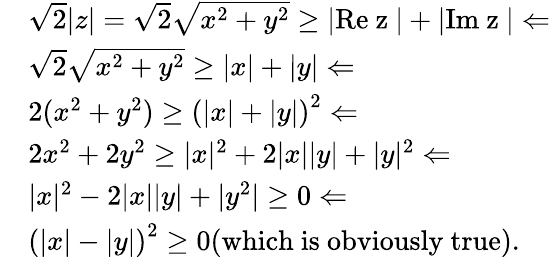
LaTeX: \begin{array}{rl}&{\sqrt{2}\lvert z\rvert=\sqrt{2}\sqrt{x^{2}+y^{2}}\geq\lvert\mathrm{Re~z~}\rvert+\lvert\mathrm{Im~z~}\rvert\Leftarrow}\\ &{\sqrt{2}\sqrt{x^{2}+y^{2}}\geq\lvert x\rvert+\lvert y\rvert\Leftarrow}\\ &{2(x^{2}+y^{2})\geq\left(\lvert x\rvert+\lvert y\rvert\right)^{2}\Leftarrow}\\ &{2x^{2}+2y^{2}\geq\lvert x\rvert^{2}+2\lvert x\rvert\lvert y\rvert+\lvert y\rvert^{2}\Leftarrow}\\ &{\lvert x\rvert^{2}-2\lvert x\rvert\lvert y\rvert+|y^{2}|\geq 0\Leftarrow}\\ &{\left(\lvert x\rvert-\lvert y\rvert\right)^{2}\geq 0\mathrm{(which~is~obviously~true)}.}\end{array}